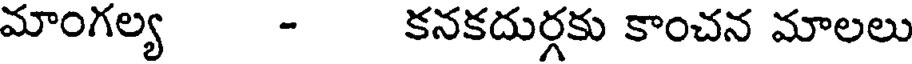
మాంగల్య - కనకదుర్గకు కాంచన మాలలు